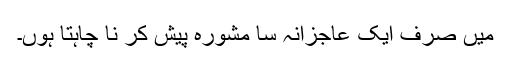
میں صرف ایک عاجزانہ سا مشورہ پیش کر نا چاہتا ہوں۔